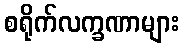
စရိုက်လက္ခဏာများ